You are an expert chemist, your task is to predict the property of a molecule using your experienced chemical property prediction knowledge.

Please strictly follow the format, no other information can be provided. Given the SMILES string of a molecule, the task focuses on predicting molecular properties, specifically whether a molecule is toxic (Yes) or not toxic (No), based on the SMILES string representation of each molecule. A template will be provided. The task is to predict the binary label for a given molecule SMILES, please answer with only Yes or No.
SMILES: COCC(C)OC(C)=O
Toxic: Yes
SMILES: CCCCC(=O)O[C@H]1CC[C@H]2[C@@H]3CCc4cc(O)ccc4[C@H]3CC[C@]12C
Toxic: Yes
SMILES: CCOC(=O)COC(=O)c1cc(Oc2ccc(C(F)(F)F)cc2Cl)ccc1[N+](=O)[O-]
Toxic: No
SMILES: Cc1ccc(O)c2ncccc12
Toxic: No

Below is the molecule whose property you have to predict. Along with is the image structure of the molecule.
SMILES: O=C(O)C(F)(F)C(F)(F)C(F)(F)C(F)(F)C(F)(F)F
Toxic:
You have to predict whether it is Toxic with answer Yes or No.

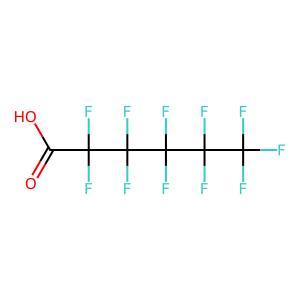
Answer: No